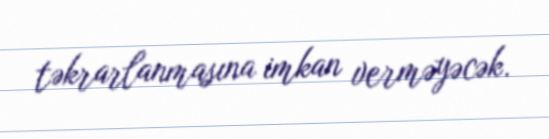
təkrarlanmasına imkan verməyəcək.